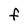
Character: F